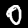
Digit: 0